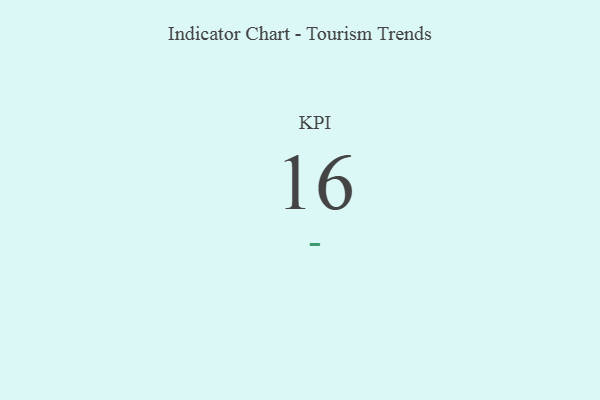
{"axis": {"x": "KPI", "y": "Value"}, "legend": [""], "data": [{"x": "KPI", "y": 16, "type": ""}]}